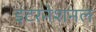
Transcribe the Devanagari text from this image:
इटरनेशनल